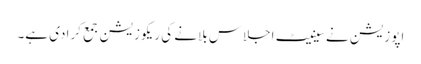
اپوزیشن نے سینیٹ اجلاس بلانے کی ریکوزیشن جمع کرادی ہے۔